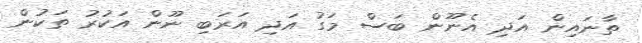
ތާނައިން އަދި އެނޫން ބަސް މަގު އަދި އަރަބި ނޫން އަކުރު ތަކުން